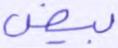
بيض